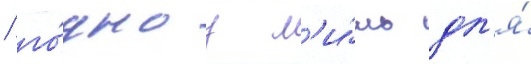
/ го́дноу л'и́шь дл'я́